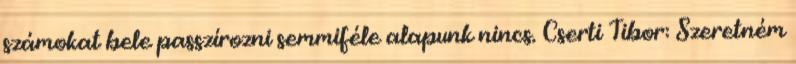
számokat bele passzírozni semmiféle alapunk nincs. Cserti Tibor: Szeretném